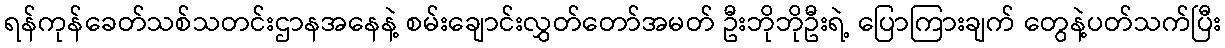
ရန်ကုန်ခေတ်သစ်သတင်းဌာနအနေနဲ့ စမ်းချောင်းလွှတ်တော်အမတ် ဦးဘိုဘိုဦးရဲ့ ပြောကြားချက် တွေနဲ့ပတ်သက်ပြီး